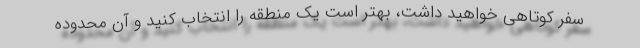
سفر کوتاهی خواهید داشت، بهتر است یک منطقه را انتخاب کنید و آن محدوده